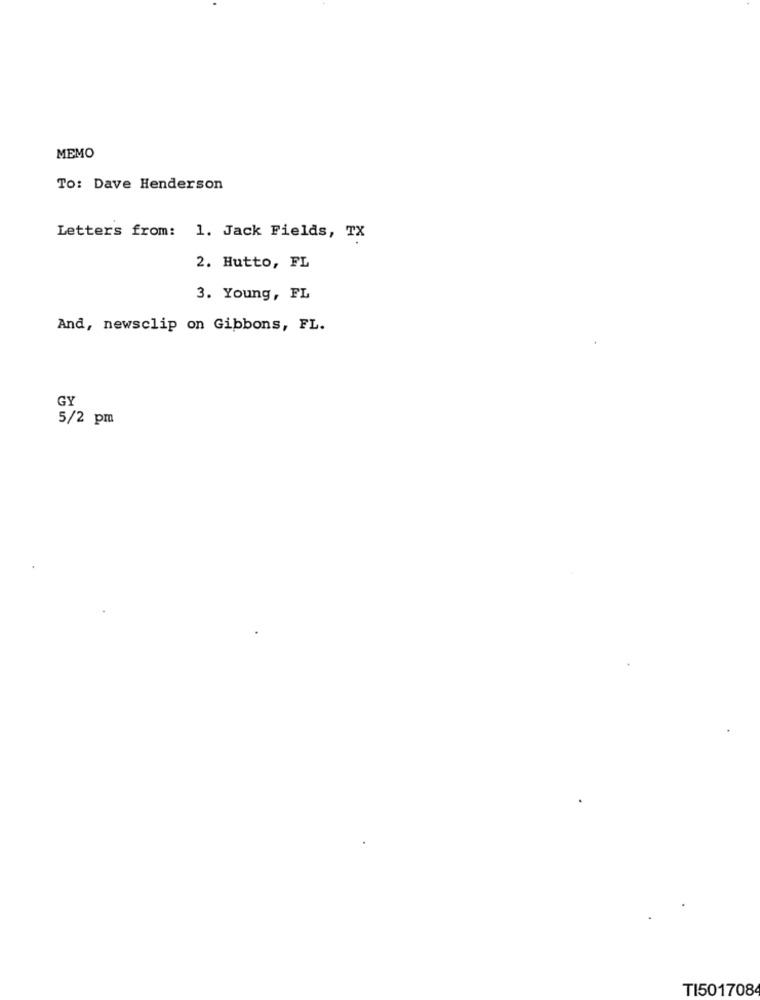
MEMO
To: Dave Henderson
Letters from: 1. Jack Fields, TX
2. Hutto, FL
3. Young, FL
And, newsclip on Gibbons, FL.
GY
5/2 pm
TI501708